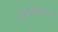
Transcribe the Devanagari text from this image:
नेण्याआणण्याचा